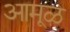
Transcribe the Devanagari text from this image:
आमूळ